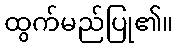
ထွက်မည်ပြု၏။